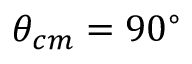
\theta _ { c m } = 9 0 ^ { \circ }